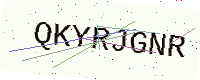
Text: QKYRJGNR